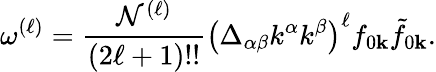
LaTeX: \omega^{(\ell)}=\frac{\mathcal{N}^{(\ell)}}{(2\ell+1)!!}\left(\Delta_{\alpha\beta}k^{\alpha}k^{\beta}\right)^{\ell}f_{0\mathbf{k}}\tilde{f}_{0\mathbf{k}}.